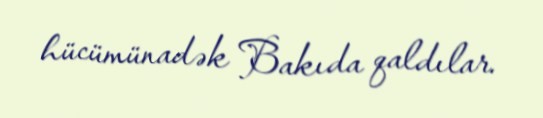
hücümünadək Bakıda qaldılar.